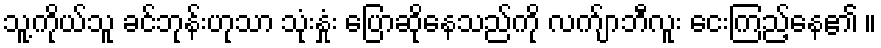
သူ့ကိုယ်သူ ခင်ဘုန်းဟုသာ သုံးနှုံး ပြောဆိုနေသည်ကို လက်ျာဘီလူး ငေးကြည့်နေ၏ ။